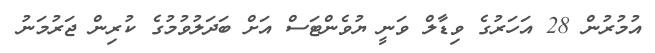
އުމުރުން 28 އަހަރުގެ ވިޑާލް ވަނީ ޔުވެންޓަސް އަށް ބަދަލުވުމުގެ ކުރިން ޖަރުމަނު